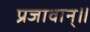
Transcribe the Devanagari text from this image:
प्रजावान्॥